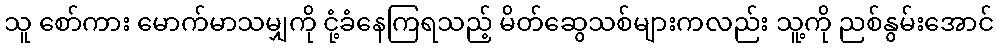
သူ စော်ကား မောက်မာသမျှကို ငုံ့ခံနေကြရသည့် မိတ်ဆွေသစ်များကလည်း သူ့ကို ညစ်နွမ်းအောင်